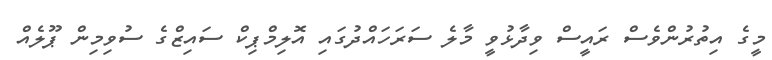
މީގެ އިތުރުންވެސް ރައީސް ވިދާޅުވީ މާލެ ސަރަހައްދުގައި އޮލިމްޕިކް ސައިޒްގެ ސުވިމިން ޕޫލެއް